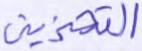
التخزين